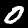
Digit: 0